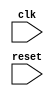
module APB_bus_controller (
    input wire clk,                // system clock
    input wire reset,              // reset signal

    // other input and output ports
    
    // Timing control and synchronization logic
    
    // Generate appropriate clock signals
    
    // Handle data transfer requests
    
    // Manage bus arbitration
    
    // Ensure data transfers occur within timing constraints
    
    // Implement timing control mechanisms (handshaking signals, clock domain crossing, data latency adjustments)
    
    // Detect and handle potential timing violations or synchronization issues
    
    // Other functionalities as needed
    
);

// Define your Verilog code here

endmodule